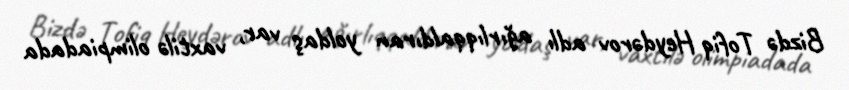
Bizdə Tofiq Heydərov adlı ağırlıqqaldıran yoldaş var, vaxtilə olimpiadada